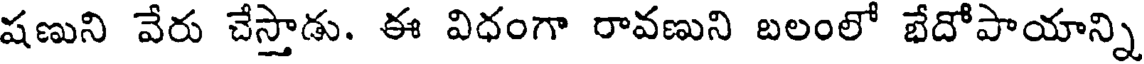
షణుని వేరు చేస్తాడు. ఈ విధంగా రావణుని బలంలో బేదోపాయాన్ని